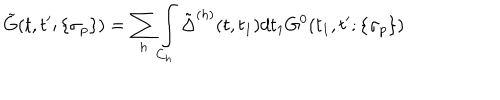
\tilde { G } ( t , t ^ { \prime } ; \{ \sigma _ { p } \} ) = \sum _ { h } \int _ { C _ { h } } \tilde { \Delta } ^ { ( h ) } ( t , t _ { 1 } ) d t _ { 1 } G ^ { 0 } ( t _ { 1 } , t ^ { \prime } ; \{ \sigma _ { p } \} )